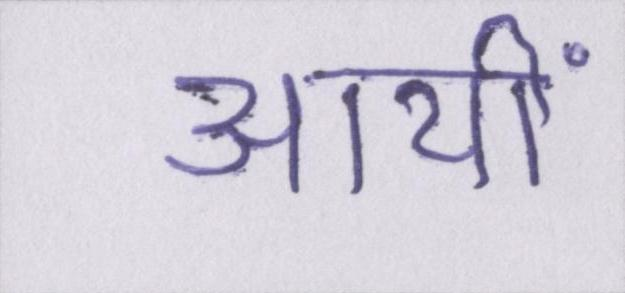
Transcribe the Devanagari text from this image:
आयीं